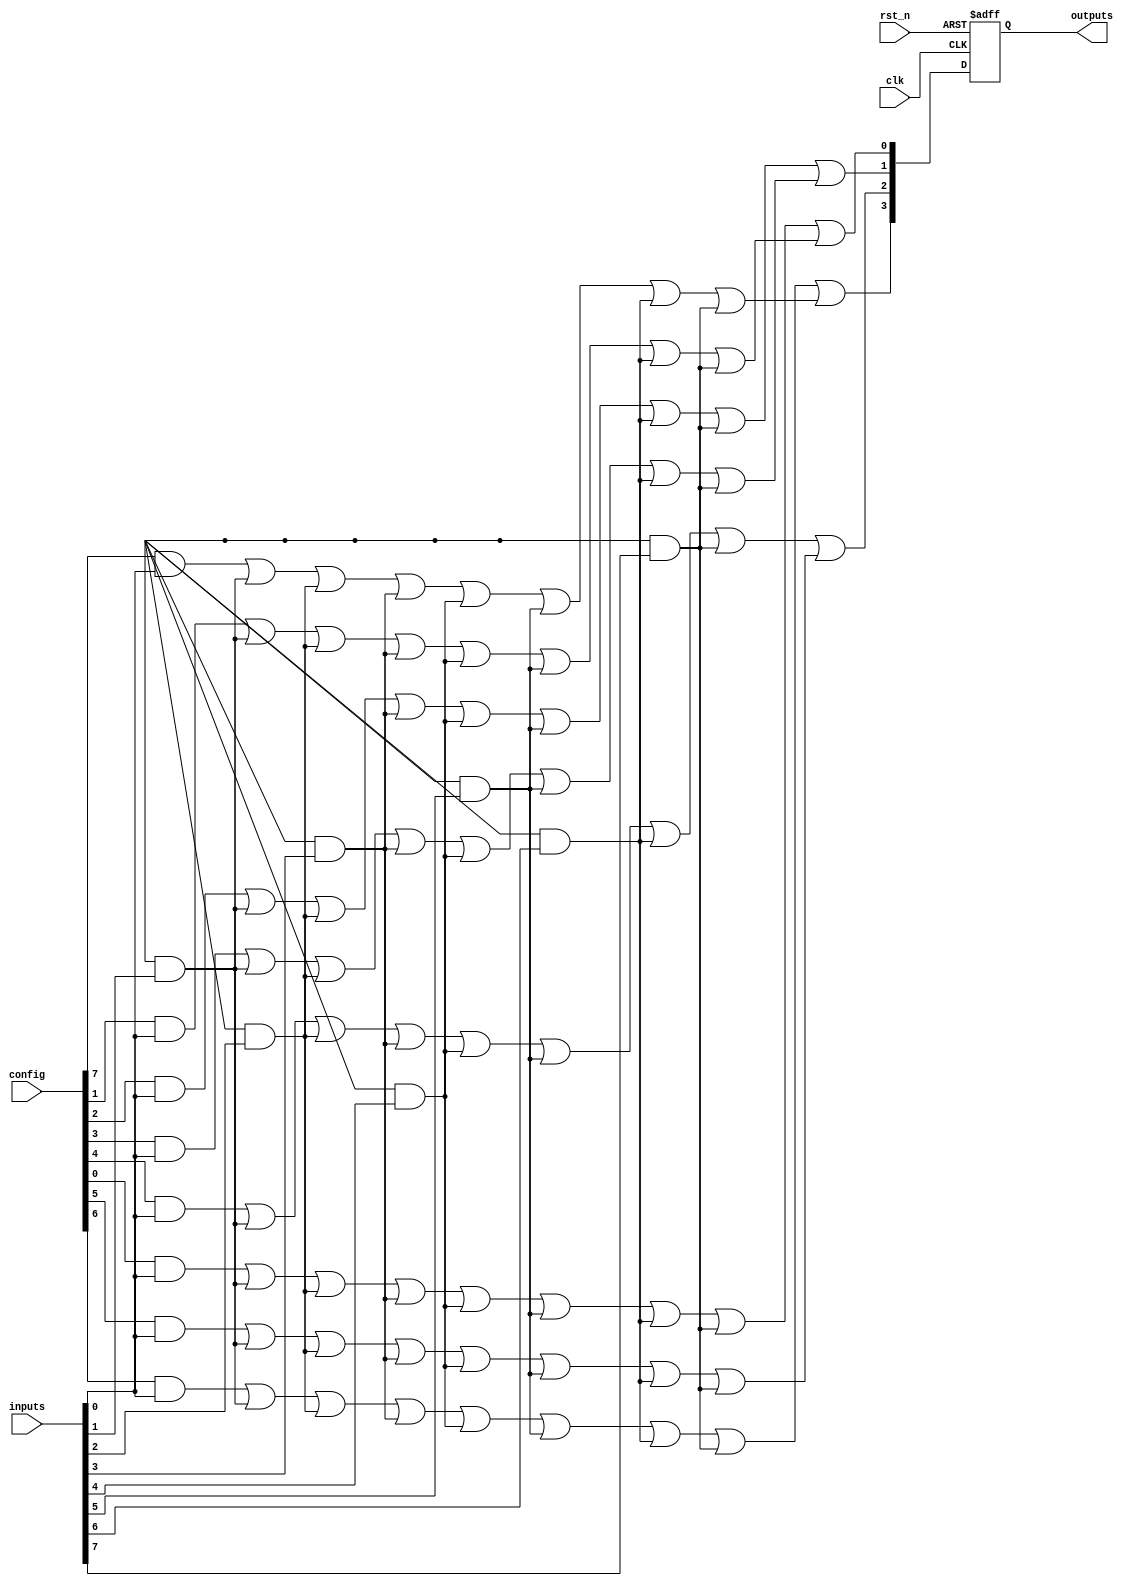
module RPAL (
    input wire clk,               // Clock signal
    input wire rst_n,             // Active low reset signal
    input wire [N-1:0] inputs,    // Input signals (N inputs)
    input wire [M-1:0] config,    // Configuration signals for the AND plane
    output reg [P-1:0] outputs     // Registered outputs (P outputs)
);
    parameter N = 8;              // Number of inputs
    parameter M = 16;             // Number of product terms
    parameter P = 4;              // Number of outputs

    // Internal wires for product terms
    wire [M-1:0] product_terms;

    // Programmable AND plane
    genvar i, j;
    generate
        for (i = 0; i < M; i = i + 1) begin : and_plane
            assign product_terms[i] = 
                (config[i] & inputs[0]) | 
                (config[i + M] & inputs[1]) | 
                (config[i + 2*M] & inputs[2]) | 
                (config[i + 3*M] & inputs[3]) | 
                (config[i + 4*M] & inputs[4]) | 
                (config[i + 5*M] & inputs[5]) | 
                (config[i + 6*M] & inputs[6]) | 
                (config[i + 7*M] & inputs[7]);
        end
    endgenerate

    // Fixed OR plane
    wire [P-1:0] or_outputs;
    assign or_outputs[0] = product_terms[0] | product_terms[1];
    assign or_outputs[1] = product_terms[2] | product_terms[3];
    assign or_outputs[2] = product_terms[4] | product_terms[5];
    assign or_outputs[3] = product_terms[6] | product_terms[7];

    // Registered outputs
    always @(posedge clk or negedge rst_n) begin
        if (!rst_n) begin
            outputs <= 0; // Reset outputs
        end else begin
            outputs <= or_outputs; // Latch the OR outputs
        end
    end
endmodule